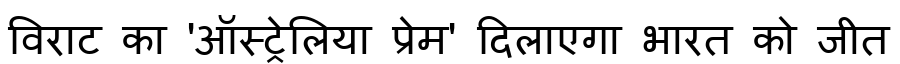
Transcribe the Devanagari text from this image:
विराट का 'ऑस्ट्रेलिया प्रेम' दिलाएगा भारत को जीत